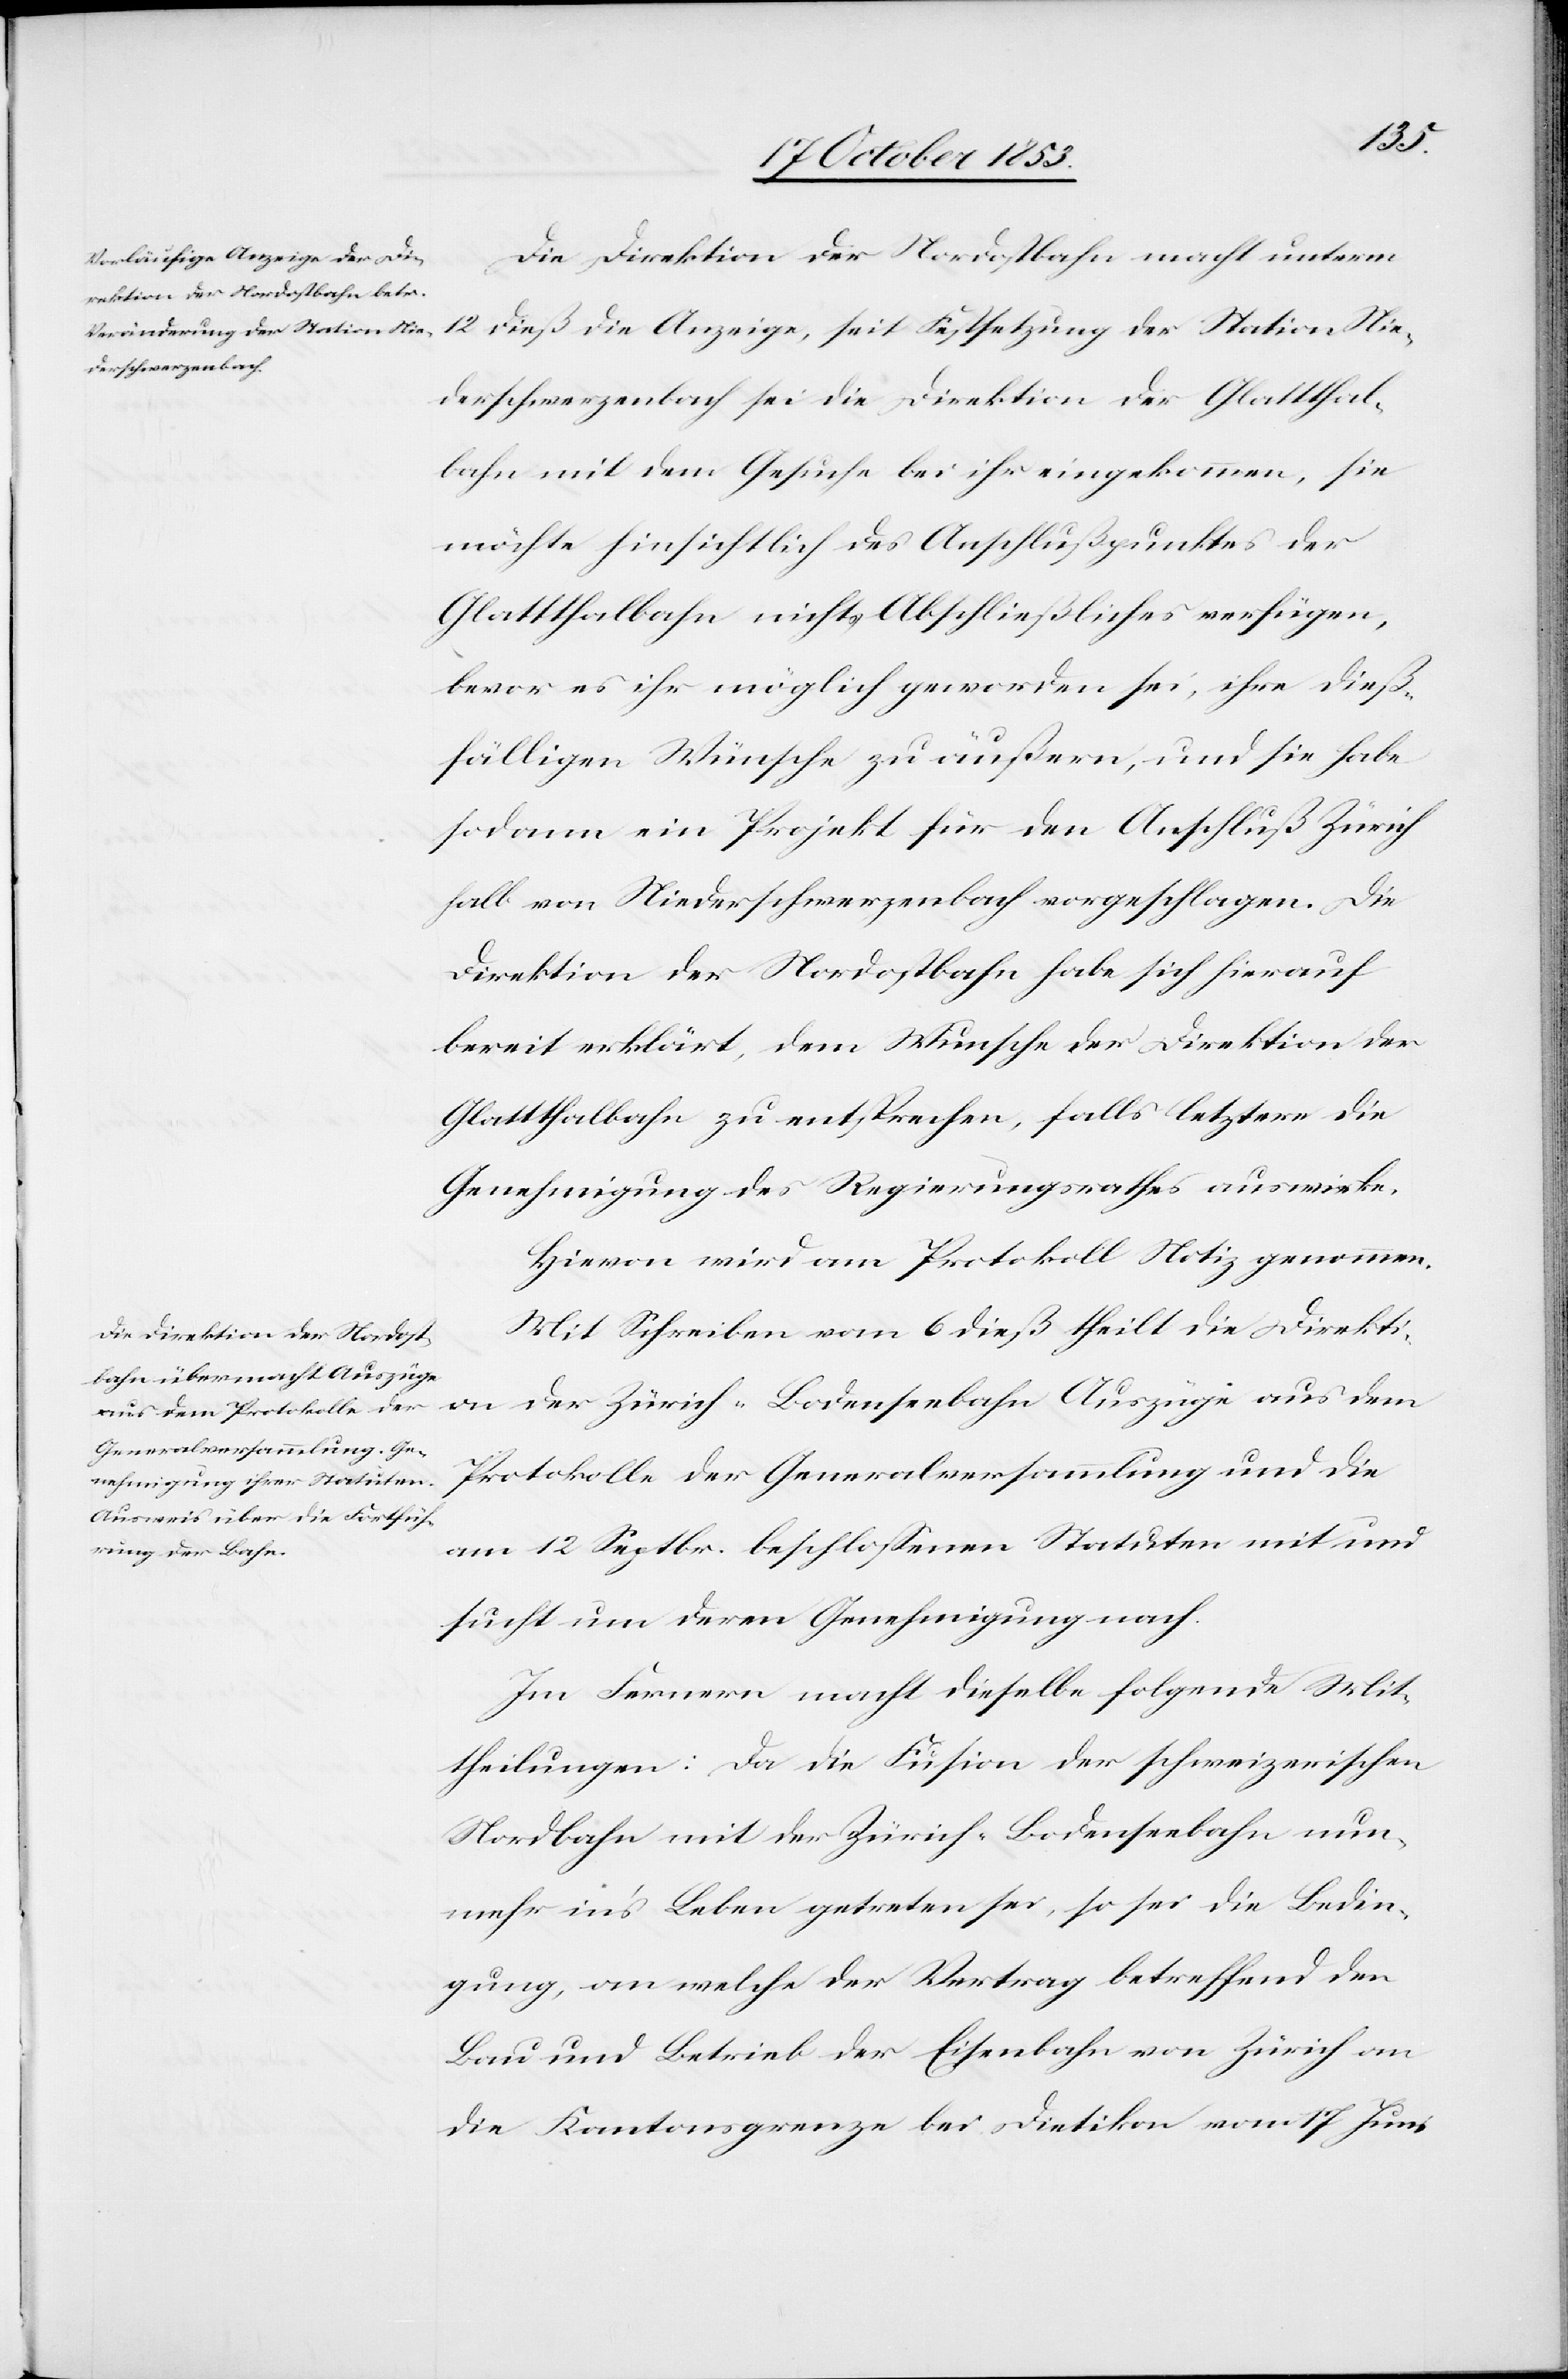
Die Direktion der Nordostbahn macht unterm
12 dieß die Anzeige, seit Festsetzung der Station Nie¬
derschwerzenbach sei die Direktion der Glatthal¬
bahn mit dem Gesuche bei ihr eingekommen, sie
möchte hinsichtlich des Anschlußpunktes der
Glatthalbahn nichts Abschließliches verfügen,
bevor es ihr möglich geworden sei, ihre dieß¬
fälligen Wünsche zu äußern, und sie habe
sodann ein Projekt für den Anschluß Zürich
halb von Niederschwerzenbach vorgeschlagen. Die
Direktion der Nordostbahn habe sich hierauf
bereit erklärt, dem Wunsche der Direktion der
Glatthalbahn zu entsprechen, falls letztere die
Genehmigung des Regierungsrathes auswirke.
Hievon wird am Protokolle Notiz genommen.
Mit Schreiben vom 6 dieß theilt die Direkti¬
on der Zürich-Bodenseebahn Auszüge aus dem
Protokolle der Generalversammlung und die
am 12 Septbr. beschloßenen Statuten mit und
sucht um deren Genehmigung nach.
Im Fernern macht dieselbe folgende Mit¬
theilungen: Da die Fusion der schweizerischen
Nordbahn mit der Zürich-Bodenseebahn nun¬
mehr in’s Leben getreten sei, so sei die Bedin¬
gung, an welche der Vertrag betreffend den
Bau und Betrieb der Eisenbahn von Zürich an
die Kantonsgrenze bei Dietikon vom 17 Juni